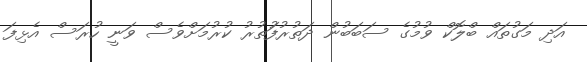
އަދި މަގުތައް ބްލޮކް ވުމުގެ ސަބަބުން ދަތުރުފުަތުރު ކުރުމަށްވެސް ވަނީ ހުރަސް އެޅިފަ